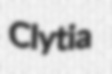
Clytia